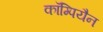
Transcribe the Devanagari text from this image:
कॉम्पियैन